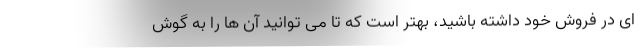
ای در فروش خود داشته باشید، بهتر است که تا می توانید آن ها را به گوش